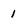
Character: 1